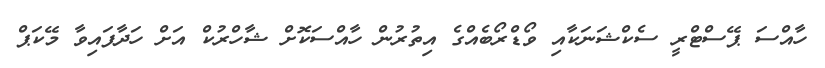
ހާއްސަ ޕޭސްޓްރީ ސެކްޝަނަކާއި ވޯޑްރޯބެއްގެ އިތުރުން ހާއްސަކޮށް ޝާހްރުކް އަށް ހަދާފައިވާ މޭކަޕް